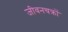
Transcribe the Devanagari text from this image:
जीवनचक्रों